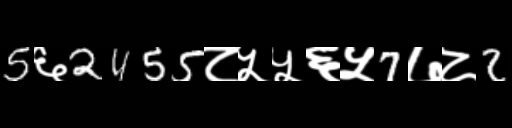
Text: 5६2455८५५६५7७८2